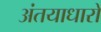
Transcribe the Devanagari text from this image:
अंतयाधारों